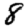
Digit: 8